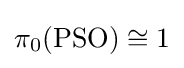
\pi _{0}(\operatorname {PSO} )\cong 1